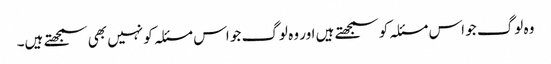
وہ لوگ جو اس مسئلہ کو سمجھتے ہیں اور وہ لوگ جو اس مسئلہ کو نہیں بھی سمجھتے ہیں۔